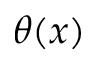
\theta ( x )